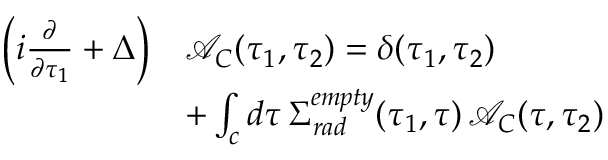
\begin{array} { r l } { \bigg ( i \frac { \partial } { \partial \tau _ { 1 } } + \Delta \bigg ) } & { \mathcal { A } _ { C } ( \tau _ { 1 } , \tau _ { 2 } ) = \delta ( \tau _ { 1 } , \tau _ { 2 } ) } \\ & { + \int _ { c } d \tau \, \Sigma _ { r a d } ^ { e m p t y } ( \tau _ { 1 } , \tau ) \, \mathcal { A } _ { C } ( \tau , \tau _ { 2 } ) } \end{array}